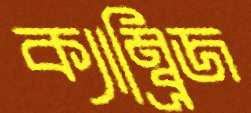
ক্যাম্ব্রিজ